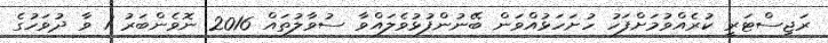
ރަޖިސްޓަރީ ކުރެއްވުމަށްފަހު ހުށަހަޅުއްވަން ބޭނުންފުޅުވެލައްވާ ސުވާލުތައް 2016 ނޮވެންބަރު 1 ވާ ދުވަހުގެ